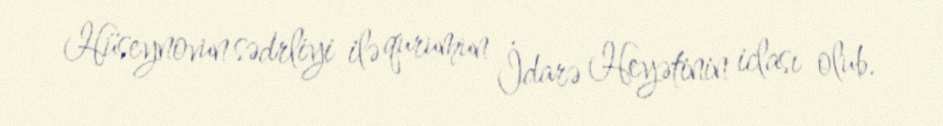
Hüseynovun sədrliyi ilə qurumun İdarə Heyətinin iclası olub.